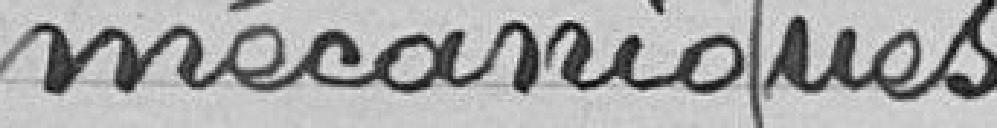
Mécaniques